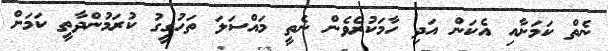
ނެތް ކަމަށާއި އެކަން އަދި ހާމަކުރެވެން ނެތީ މައްސަލަ ތަހުގީގު ކުރަމުންދާތީ ކަމަށް